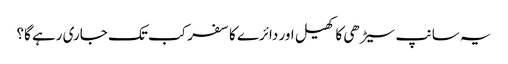
یہ سانپ سیڑھی کا کھیل اور دائرے کا سفر کب تک جاری رہے گا؟